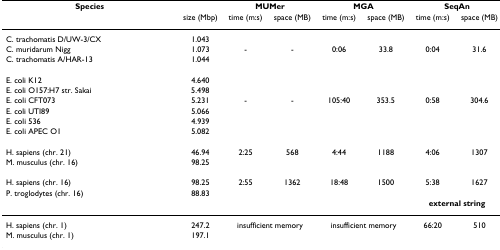
<table><thead><tr><td><b>Species</b></td><td></td><td colspan="2"><b>MUMer</b></td><td colspan="2"><b>MGA</b></td><td colspan="2"><b>SeqAn</b></td></tr><tr><td></td><td><b>size (Mbp)</b></td><td><b>time (m:s)</b></td><td><b>space (MB)</b></td><td><b>time (m:s)</b></td><td><b>space (MB)</b></td><td><b>time (m:s)</b></td><td><b>space (MB)</b></td></tr></thead><tbody><tr><td>C. trachomatis D/UW-3/CX</td><td>1.043</td><td></td><td></td><td></td><td></td><td></td><td></td></tr><tr><td>C. muridarum Nigg</td><td>1.073</td><td>-</td><td>-</td><td>0:06</td><td>33.8</td><td>0:04</td><td>31.6</td></tr><tr><td>C. trachomatis A/HAR-13</td><td>1.044</td><td></td><td></td><td></td><td></td><td></td><td></td></tr><tr><td>E. coli K12</td><td>4.640</td><td></td><td></td><td></td><td></td><td></td><td></td></tr><tr><td>E. coli O157:H7 str. Sakai</td><td>5.498</td><td></td><td></td><td></td><td></td><td></td><td></td></tr><tr><td>E. coli CFT073</td><td>5.231</td><td>-</td><td>-</td><td>105:40</td><td>353.5</td><td>0:58</td><td>304.6</td></tr><tr><td>E. coli UTI89</td><td>5.066</td><td></td><td></td><td></td><td></td><td></td><td></td></tr><tr><td>E. coli 536</td><td>4.939</td><td></td><td></td><td></td><td></td><td></td><td></td></tr><tr><td>E. coli APEC O1</td><td>5.082</td><td></td><td></td><td></td><td></td><td></td><td></td></tr><tr><td>H. sapiens (chr. 21)</td><td>46.94</td><td>2:25</td><td>568</td><td>4:44</td><td>1188</td><td>4:06</td><td>1307</td></tr><tr><td>M. musculus (chr. 16)</td><td>98.25</td><td></td><td></td><td></td><td></td><td></td><td></td></tr><tr><td>H. sapiens (chr. 16)</td><td>98.25</td><td>2:55</td><td>1362</td><td>18:48</td><td>1500</td><td>5:38</td><td>1627</td></tr><tr><td>P. troglodytes (chr. 16)</td><td>88.83</td><td></td><td></td><td></td><td></td><td></td><td></td></tr><tr><td></td><td></td><td></td><td></td><td></td><td></td><td colspan="2"><b>external string</b></td></tr><tr><td>H. sapiens (chr. 1)</td><td>247.2</td><td colspan="2">insufficient memory</td><td colspan="2">insufficient memory</td><td>66:20</td><td>510</td></tr><tr><td>M. musculus (chr. 1)</td><td>197.1</td><td></td><td></td><td></td><td></td><td></td><td></td></tr></tbody></table>